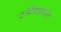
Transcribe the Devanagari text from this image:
टर्मिनसपर्यंत